system: You are a helpful assistant.
user:
Analyze the provided spectrum to determine if it is a **Carbon Star (C-type)**.

- **Key Visual Indicators of Carbon Star:**
    - **(Primary):** Strong molecular absorption from **C₂ (diatomic carbon) "Swan Bands."** This is the **defining feature** of a carbon star.
        - **(Key Bandheads):** Sharp absorption edges are visible at approximately $5635$ Å, $5165$ Å (the strongest band), and $4737$ Å.
        - **(Line Profile):** Creates a distinct **"saw-tooth"** pattern. The key morphology is a sharp, steep bandhead on the **red (long-wavelength) side**, which then gradually tapers off (i.e., flux recovers) towards the **blue (short-wavelength) side**. *(This is the direct opposite of the TiO bands seen in M-type stars)*.

    - **(Secondary):** Intense **CN (cyanogen)** molecular absorption bands.
        - **(Key Bandheads):** Located in the blue and violet regions of the spectrum (e.g., near $4215$ Å and $3883$ Å).
        - **(Morphology):** These bands are extremely broad and act as a "blanket," absorbing the vast majority of blue and violet light. This creates a characteristic **"cliff"** or **"steep drop-off"** in the spectrum's flux at short wavelengths.

    - **(Key Confirmation):** Strong **CH absorption band (G-band)**.
        - **(Key Bandhead):** Located around $4300$ Å. The contribution from CH molecules to this band is exceptionally strong.

    - **(Overall Spectrum):**
        - The continuum is severely "chopped up" by these deep molecular bands, especially C₂, rather than appearing as a smooth curve.
        - Due to the heavy CN and C₂ absorption in the blue-green, the vast majority of the star's flux is concentrated in the red part of the spectrum, giving the star its characteristic deep red color.

Think first, call **spectral_visualization_tool** if needed to examine features in detail, then provide your final answer. Your response must adhere to the following strict rules:
1.  **Overall Structure:** Your response must follow the format `<think>...</think> <tool_call>...</tool_call> (if a tool is used) <answer>...</answer>`.
2.  **Tool Usage Constraint:** You may only make **one** tool call per turn.
3.  **Final Answer Format:** In the `<answer>` tag, your conclusion must be inside a `\boxed{}` command (e.g., `\boxed{YES}`), followed by your justification.

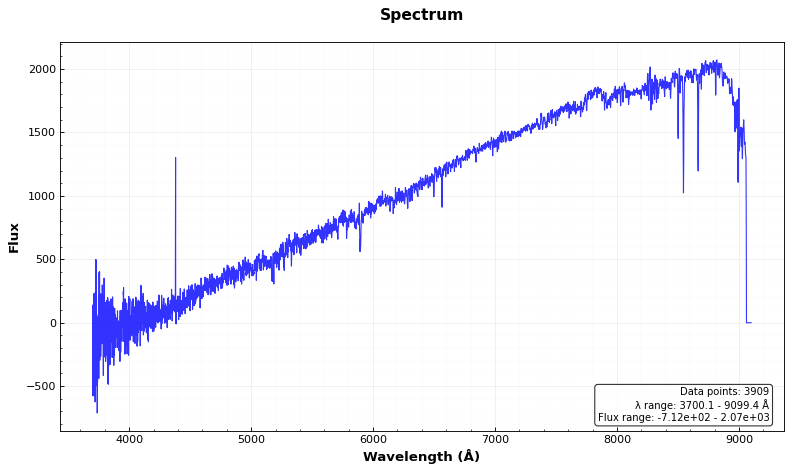
Answer: NO